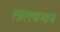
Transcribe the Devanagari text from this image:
लालचन्दन